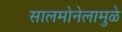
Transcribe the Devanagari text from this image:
सालमोनेलामुळे